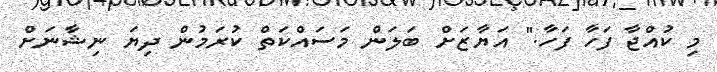
މި ކުއްޖާ ފަހާ ފަހާ." އަޔާޒަށް ބަލަން މަސައްކަތް ކުރަމުން ދިޔަ ނިޝާނަށް